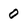
Character: 0